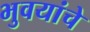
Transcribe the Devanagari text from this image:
भुवयांचे